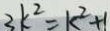
3 k ^ { 2 } = k ^ { 2 } + 1